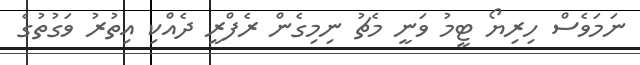
ނަމަވެސް ހިރިޔޯ ޓީމު ވަނީ މެޗު ނިމިގެން ރެފްރީ ދެއްކި އިތުރު ވަގުތުގެ